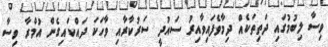
ވިސާ ލިބުމުގައި ދަތިތަކެއް ދިމާވެފައިވާއިރު ސައުދީ ސަރުކާރާއި ވާހަކަ ދައްކައިގެން އުމްރާ ވިސާ